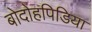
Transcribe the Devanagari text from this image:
बोदोहपिडिया